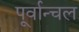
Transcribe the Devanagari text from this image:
पूर्वान्चल